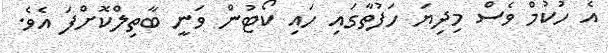
އެ ހުކުމް ވެސް މިދިޔަ ހަފުތާގައި ހައި ކޯޓުން ވަނީ ބާތިލްކޮށްފަ އެވެ.